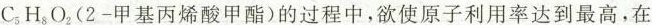
C_{5}H_{8}O_{2}(2-甲基丙烯酸甲酯)的过程中，欲使原子利用率达到最高，在